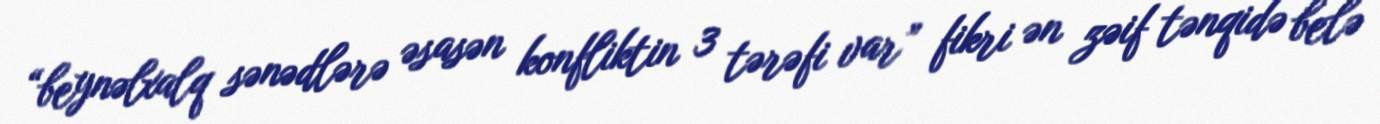
“beynəlxalq sənədlərə əsasən konfliktin 3 tərəfi var” fikri ən zəif tənqidə belə